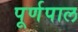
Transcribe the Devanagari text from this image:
पूर्णपाल